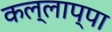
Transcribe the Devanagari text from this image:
कल्लाप्पा